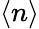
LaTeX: \left<n\right>